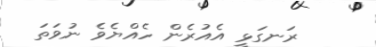
ރަނގަޅީ އެއުރެން ހެއްޔެވެ ނުވަތަ